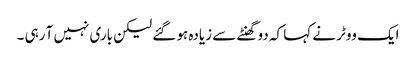
ایک ووٹر نے کہا کہ دو گھنٹے سے زیادہ ہو گئے لیکن باری نہیں آ رہی ۔